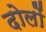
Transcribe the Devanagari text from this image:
दोलों